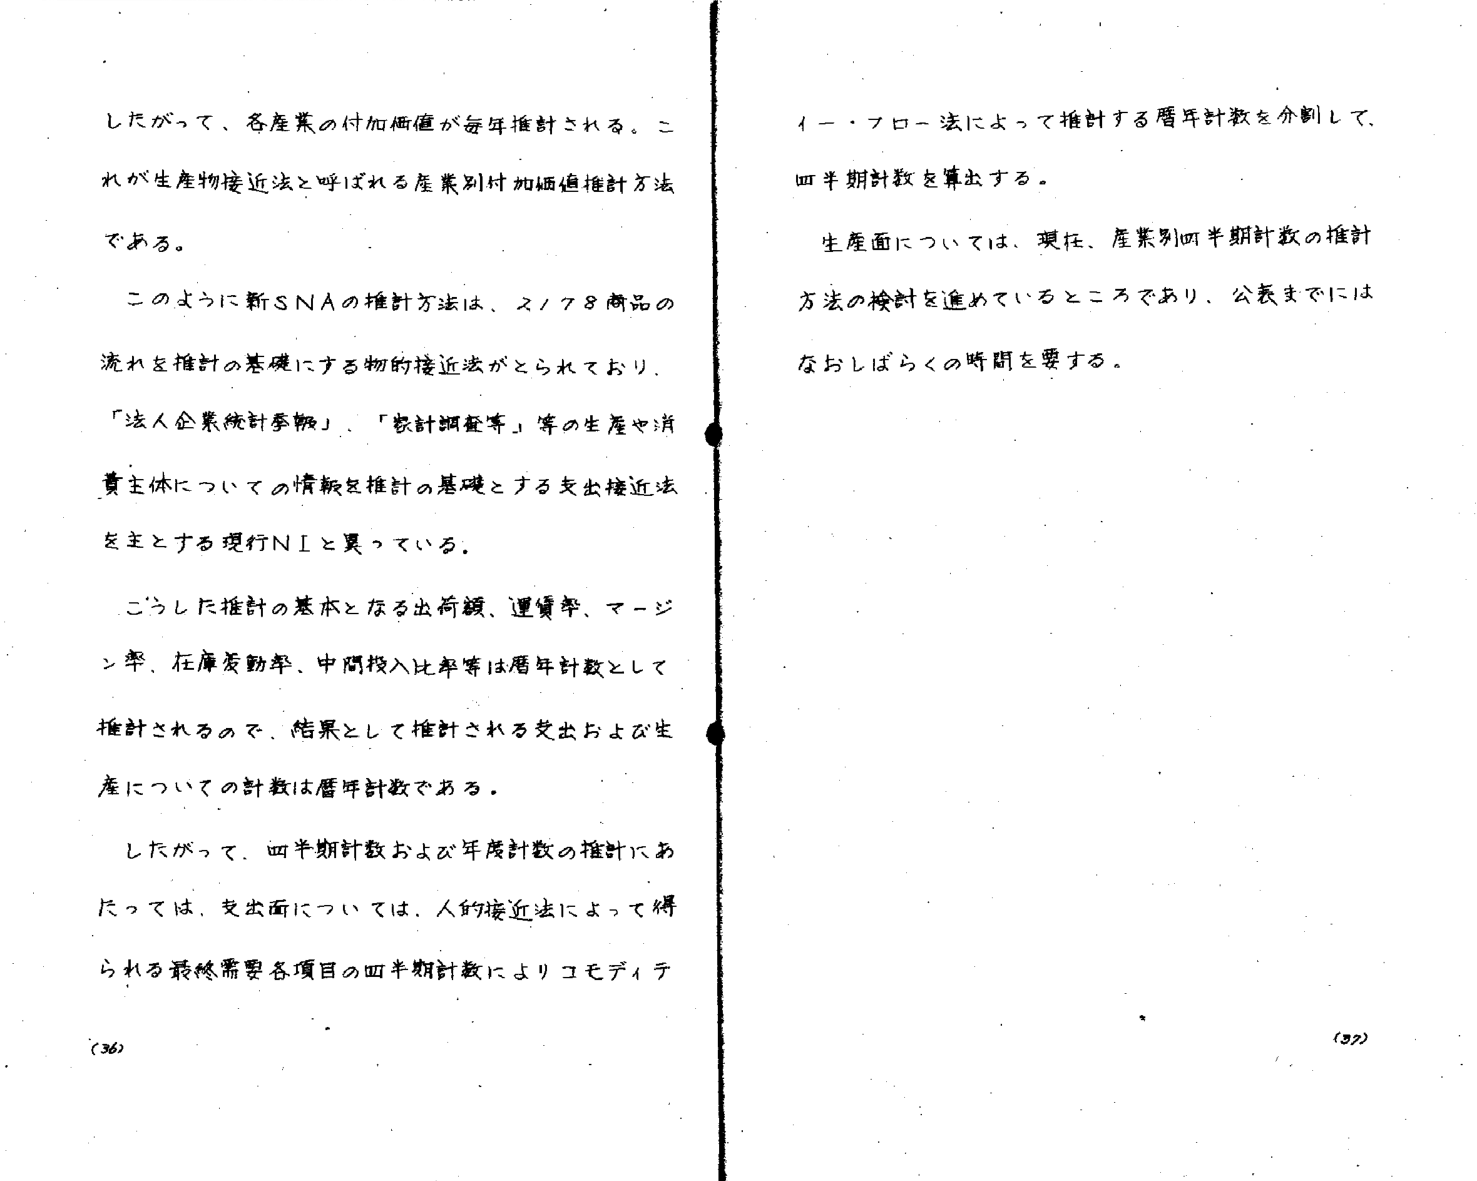
したがって、各産業の付加価値が毎年推計される。これが生産物接近法と呼ばれる産業別付加価値推計方法である。

このように新SNAの推計方法は、2,778商品の流れを推計の基礎にする物的接近法がとられており、「法人企業統計季報」、「家計調査等」等の生産や消費主体についての情報を推計の基礎とする支出接近法を主とする現行NIと異っている。

こうした推計の基本となる出荷額、運賃率、マージン率、在庫変動率、中間投入比率等は暦年計数として推計されるので、結果として推計される支出および生産についての計数は暦年計数である。

したがって、四半期計数および年度計数の推計にあたっては、支出面については、人的接近法によって得られる最終需要各項目の四半期計数によりコモディティ

イー・フロー法によって推計する暦年計数を分割して、四半期計数を算出する。

生産面については、現在、産業別四半期計数の推計方法の検討を進めているところであり、公表までにはなおしばらくの時間を要する。

(36)
(37)